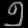
Digit: ၅